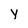
Character: y